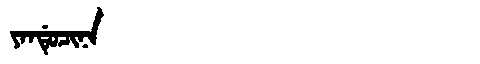
Manchu: ᠶᠠᠨᡩᡠᠴᡳᠨᠠ
Romanization: YANDUCINA